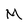
Character: M